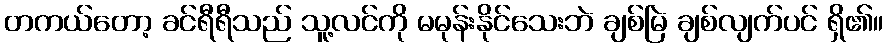
တကယ်တော့ ခင်ရီရီသည် သူ့လင်ကို မမုန်းနိုင်သေးဘဲ ချစ်မြဲ ချစ်လျက်ပင် ရှိ၏။